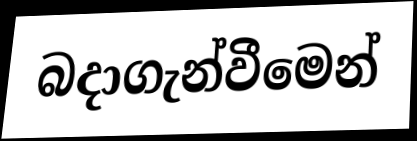
බදාගැන්වීමෙන්